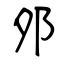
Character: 邜